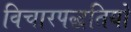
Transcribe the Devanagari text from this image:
विचारपद्धतियों